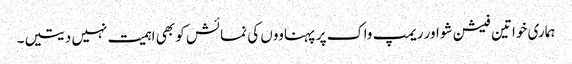
ہماری خواتین فیشن شو اور ریمپ واک پر پہناووں کی نمائش کو بھی اہمیت نہیں دیتیں۔